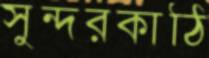
সুন্দরকাঠি